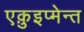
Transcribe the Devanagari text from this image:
एक़ुइप्मेन्त